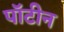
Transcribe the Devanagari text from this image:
पॉटीन